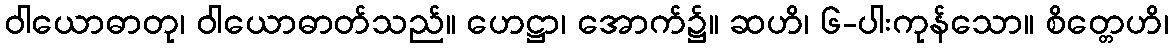
ဝါယောဓာတု၊ ဝါယောဓာတ်သည်။ ဟေဋ္ဌာ၊ အောက်၌။ ဆဟိ၊ ၆-ပါးကုန်သော။ စိတ္တေဟိ၊